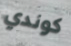
كوندي